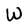
Character: W